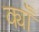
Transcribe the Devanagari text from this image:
क्याँ